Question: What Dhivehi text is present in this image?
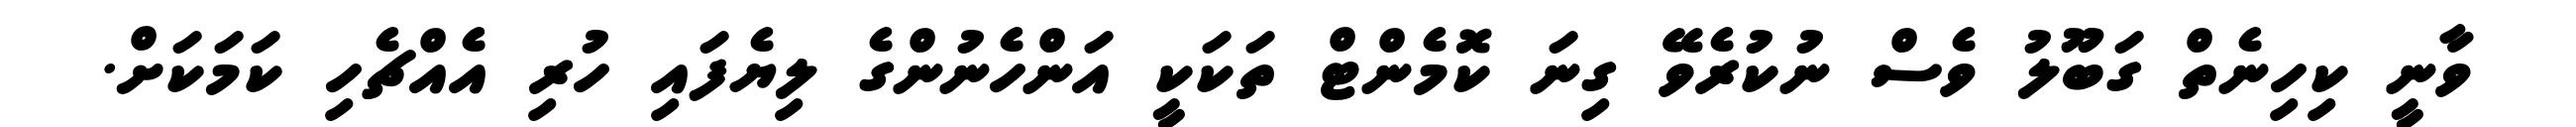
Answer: ވާނީ ކިހިނެތް ގަބޫލު ވެސް ނުކުރެވޭ ގިނަ ކޮމެންޓް ތަކަކީ އަންހެނުންގެ ލިޔެފައި ހުރި އެއްޗެހި ކަމަކަށް.